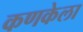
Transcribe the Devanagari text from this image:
कणकेला